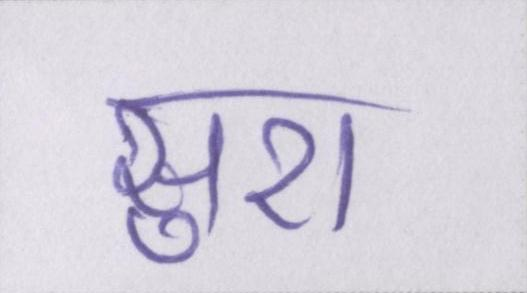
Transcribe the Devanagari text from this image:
सुरा